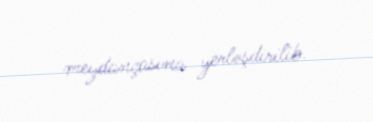
meydançasına yerləşdirilib.